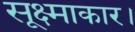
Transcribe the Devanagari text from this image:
सूक्ष्माकार।